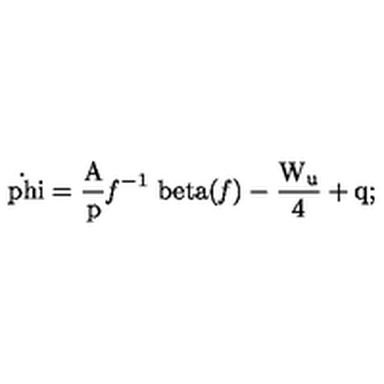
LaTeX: \mathrm { \dot { \ p h i } = { \frac { A } { p } } { \it f } ^ { - 1 } \ b e t a ( { \it f } ) - { \frac { W _ { u } } { 4 } } + q ; }